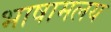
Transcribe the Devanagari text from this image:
भाषामलय